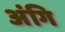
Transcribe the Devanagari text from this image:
अंगि